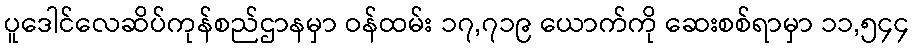
ပူဒေါင်လေဆိပ်ကုန်စည်ဌာနမှာ ဝန်ထမ်း ၁၇,၇၁၉ ယောက်ကို ဆေးစစ်ရာမှာ ၁၁,၅၄၄